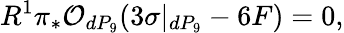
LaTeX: R^{1}\pi_{*}{\cal O}_{dP_{9}}(3\sigma|_{dP_{9}}-6F)=0,